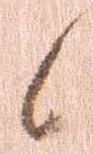
候